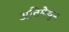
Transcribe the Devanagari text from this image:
अतिमैथुन